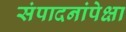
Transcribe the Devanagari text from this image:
संपादनांपेक्षा